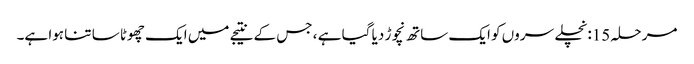
مرحلہ 15: نچلے سروں کو ایک ساتھ نچوڑ دیا گیا ہے ، جس کے نتیجے میں ایک چھوٹا سا تنا ہوا ہے۔